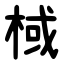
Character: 棫